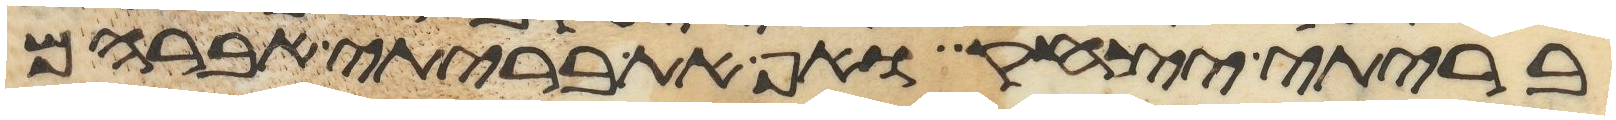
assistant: בריתי יצחק ואף את בריתי אברהם